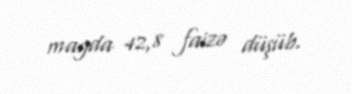
mayda 42,8 faizə düşüb.